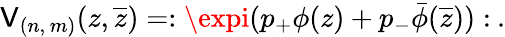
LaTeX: \mathsf{V}_{(n,\, m)}(z,\overline{{{{z}}}})=:\expi(p_{+}\phi(z)+p_{-}\bar{{\phi}}(\overline{{{{z}}}})):\: .